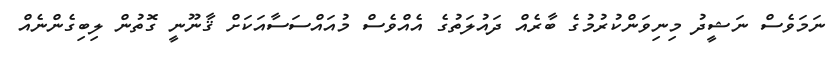
ނަމަވެސް ނަޝީދު މިނިވަންކުރުމުގެ ބާރެއް ދައުލަތުގެ އެއްވެސް މުއައްސަސާއަކަށް ޤާނޫނީ ގޮތުން ލިބިގެންނެއް